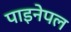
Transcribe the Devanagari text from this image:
पाइनेपल